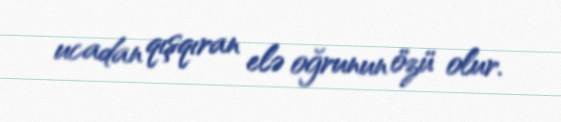
ucadan qışqıran elə oğrunun özü olur.